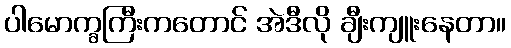
ပါမောက္ခကြီးကတောင် အဲဒီလို ချီးကျူးနေတာ။